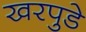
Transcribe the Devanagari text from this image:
खरपुडे